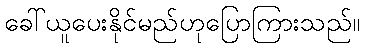
ခေါ်ယူပေးနိုင်မည်ဟုပြောကြားသည်။